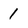
Character: 1